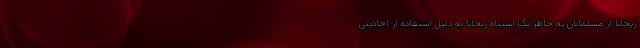
ریحانا از مسلمانان به خاطر یک اشتباه ریحانا به دلیل استفاده از احادیثی